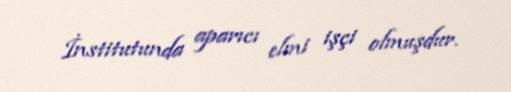
İnstitutunda aparıcı elmi işçi olmuşdur.